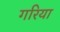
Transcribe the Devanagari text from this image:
गरिया